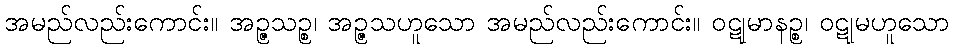
အမည်လည်းကောင်း။ အဉ္ဇသဉ္စ၊ အဉ္ဇသဟူသော အမည်လည်းကောင်း။ ဝဋုမာနဉ္စ၊ ဝဋုမဟူသော